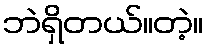
ဘဲရှိတယ်။တဲ့။